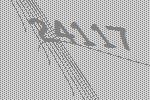
24117